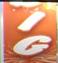
ig